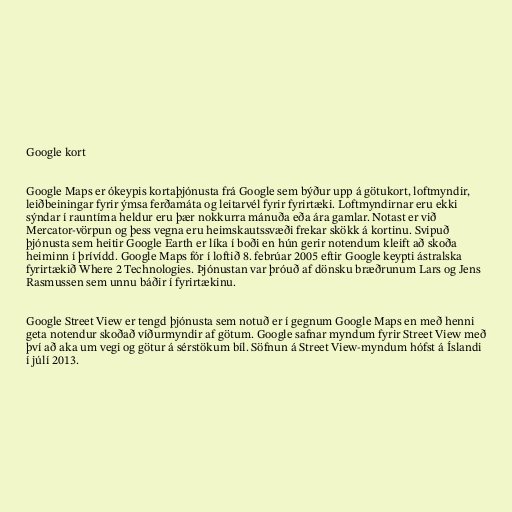
Google kort

Google Maps er ókeypis kortaþjónusta frá Google sem býður upp á götukort, loftmyndir,
leiðbeiningar fyrir ýmsa ferðamáta og leitarvél fyrir fyrirtæki. Loftmyndirnar eru ekki
sýndar í rauntíma heldur eru þær nokkurra mánuða eða ára gamlar. Notast er við
Mercator-vörpun og þess vegna eru heimskautssvæði frekar skökk á kortinu. Svipuð
þjónusta sem heitir Google Earth er líka í boði en hún gerir notendum kleift að skoða
heiminn í þrívídd. Google Maps fór í loftið 8. febrúar 2005 eftir Google keypti ástralska
fyrirtækið Where 2 Technologies. Þjónustan var þróuð af dönsku bræðrunum Lars og Jens
Rasmussen sem unnu báðir í fyrirtækinu.

Google Street View er tengd þjónusta sem notuð er í gegnum Google Maps en með henni
geta notendur skoðað víðurmyndir af götum. Google safnar myndum fyrir Street View með
því að aka um vegi og götur á sérstökum bíl. Söfnun á Street View-myndum hófst á Íslandi
í júlí 2013.